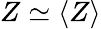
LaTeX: Z\simeq\langle Z\rangle